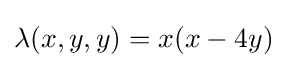
\lambda (x,y,y)=x(x-4y)